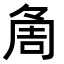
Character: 𠶰